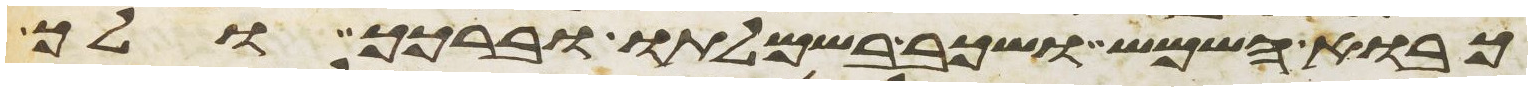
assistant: כבוא השמש ושכב בשמלתו וברכך ולך